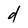
Character: d